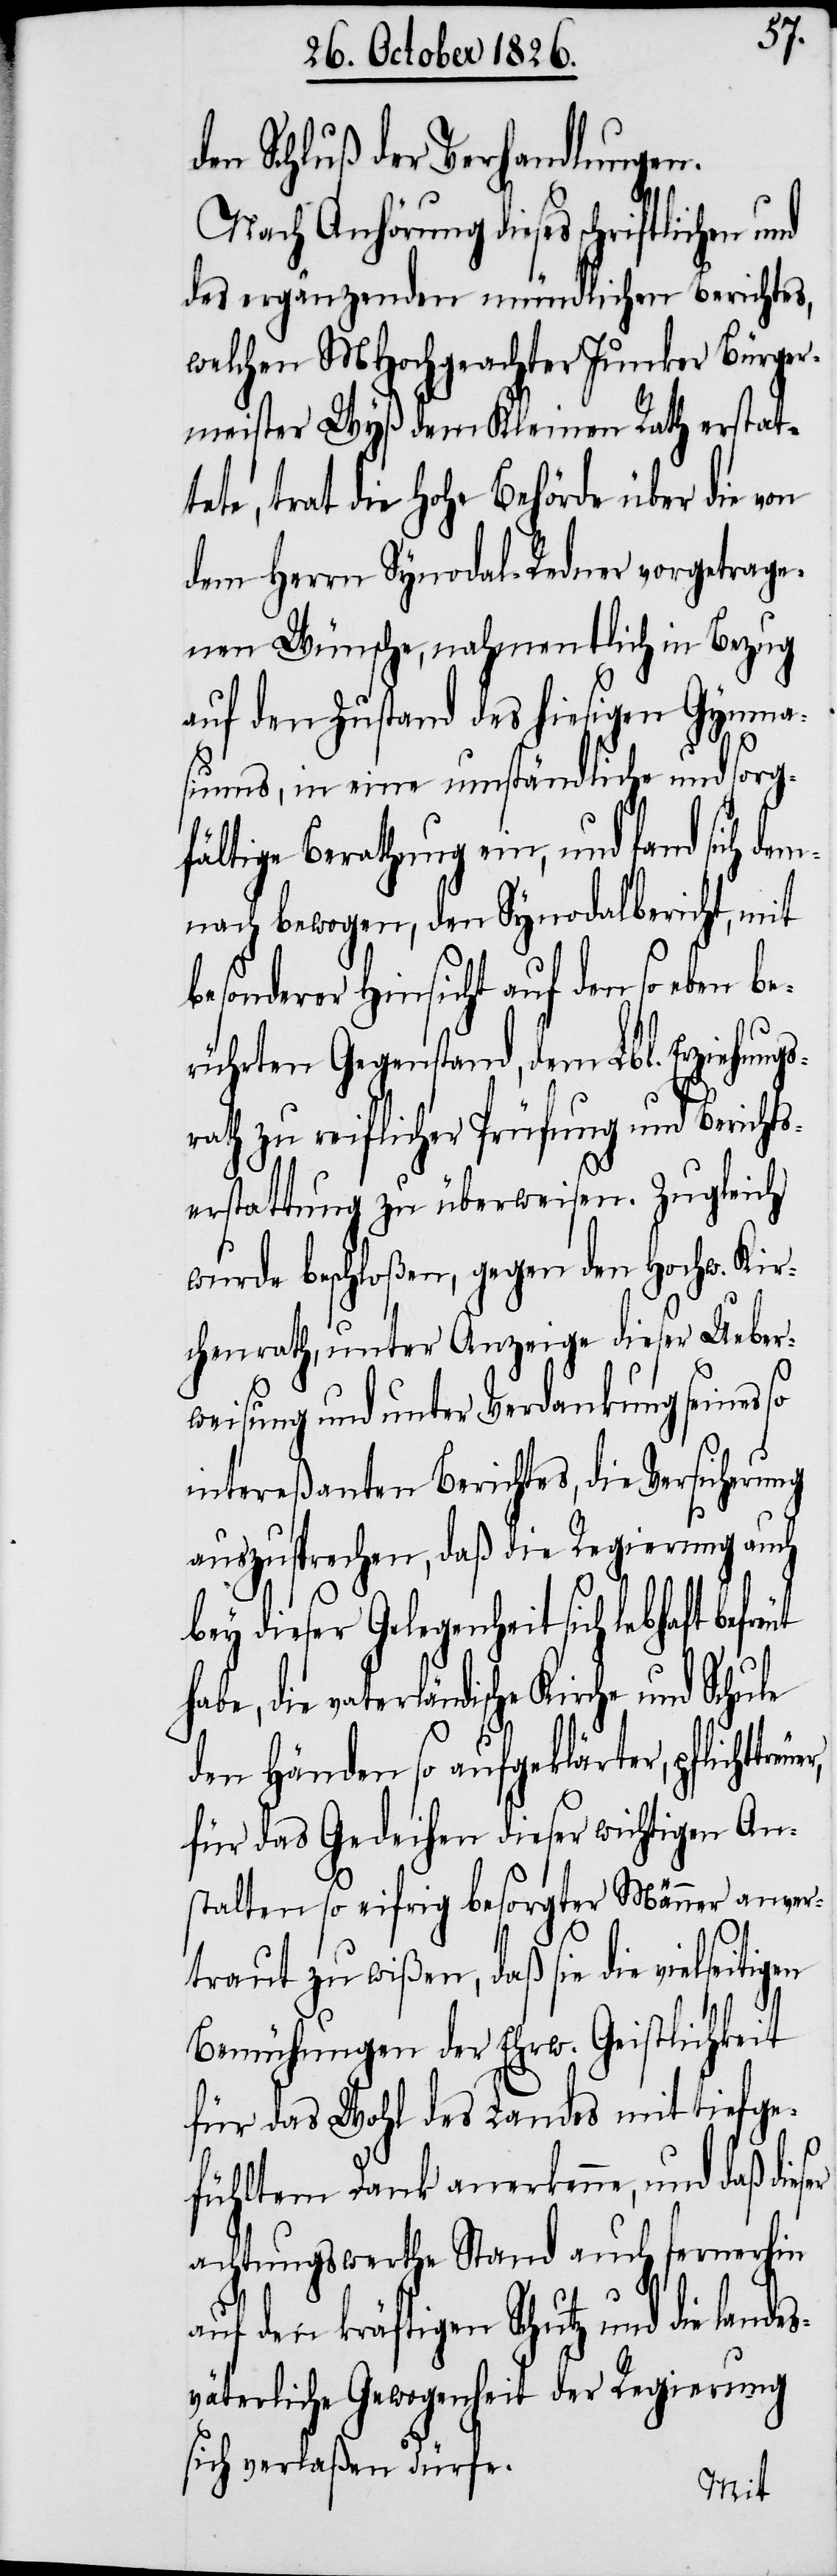
s¬
den Schluß der Verhandlungen.
Nach Anhörung dieses schriftlichen
des ergänzenden mündlichen Berichtes,
welchen MHochgeachter Junker Bürger¬
meister Wyß dem Kleinen Rath erstat¬
tete, trat die hohe Behörde über die von
dem Herrn Synodal-Redner vorgetrage¬
nen Wünsche, nahmentlich in Bezug
auf den Zustand des hiesigen Gymna¬
siums, in eine umständliche und sorg¬
fältige Berathung ein, und fand
nach bewogen, den Synodalbericht, mit
besonderer Hinsicht auf den so eben be¬
rührten Gegenstand, dem Lbl. Erziehung¬
rath zu reiflicher Prüfung und Bericht¬
serstattung zu überweisen. Zugleich
wurde beschloßen, gegen den Hochw. Kir¬
chenrath, unter Anzeige dieser Ueber¬
weisung und unter Verdankung seines so
intereßanten Berichtes, die Versicherung
auszusprechen, daß die Regierung auch
bey dieser Gelegenheit sich lebhaft
vaterländische Kirche und Schule
den Händen so aufgeklärter, pflichtge¬
für das Gedeihen dieser wichtigen An¬
stalten so eifrig besorgter Männer anver¬
traut zu wißen, daß sie die vielseitigen
Bemühungen der Ehrw. Geistlichkeit
für das Wohl des Landes mit tiefge¬
fühltem Dank anerkenne, und daß dies¬
achtungswerthe Stand auch fernerhin
auf den kräftigen Schutz und die
sväterliche Gewogenheit der Regierung
sich verlaßen dürfe.
lande¬